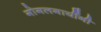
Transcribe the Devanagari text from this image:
गोगलगायींनी